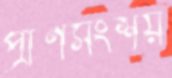
প্রাণসংশয়